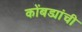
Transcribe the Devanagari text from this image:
कोंबड्यांची